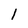
Character: 1